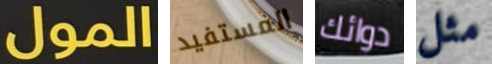
المول المستفيد دوائك مثل